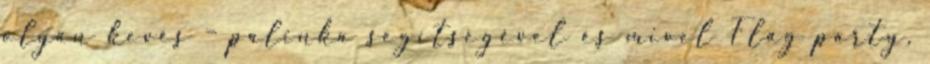
olyan kevés – pálinka segítségével és mivel Flag party,